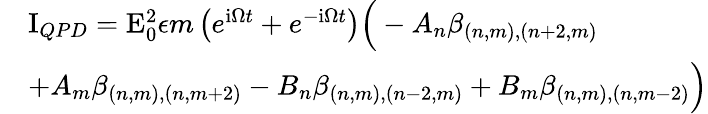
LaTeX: \begin{array}{rl}&{\mathrm{I}_{QPD}=\mathrm{E}_{0}^{2}\epsilon m\left(e^{\mathrm{i}\Omega t}+e^{-\mathrm{i}\Omega t}\right)\Big(-A_{n}\beta_{(n,m),(n+2,m)}}\\ &{+A_{m}\beta_{(n,m),(n,m+2)}-B_{n}\beta_{(n,m),(n-2,m)}+B_{m}\beta_{(n,m),(n,m-2)}\Big)}\end{array}